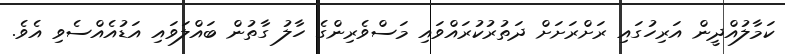
ކަމާލުއްދީން އަރިހުގައި ރަށްރަށަށް ދަތުރުކުރައްވައި މަސްވެރިންގެ ހާލު ގާތުން ބައްލަވައި އަޑުއެއްސެވި އެވެ.